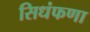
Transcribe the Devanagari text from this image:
सिधंफणा